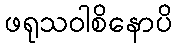
ဖရုသဝါစိနောပိ